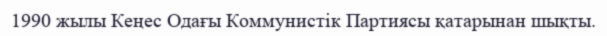
1990 жылы Кеңес Одағы Коммунистік Партиясы қатарынан шықты.